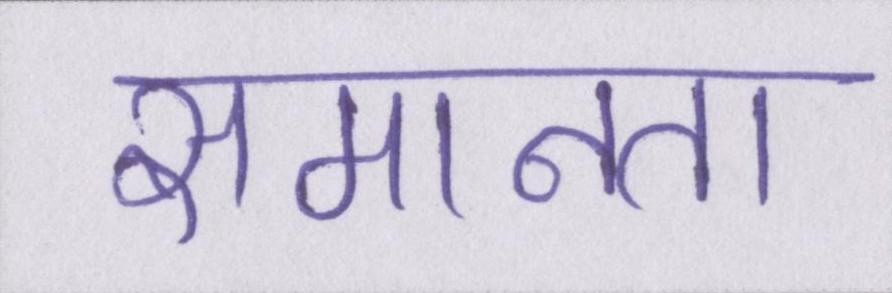
समानता